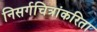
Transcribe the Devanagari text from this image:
निसर्गचित्रांकरिता